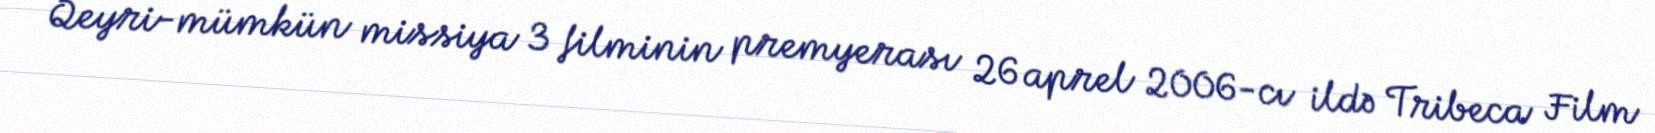
Qeyri-mümkün missiya 3 filminin premyerası 26 aprel 2006-cı ildə Tribeca Film